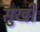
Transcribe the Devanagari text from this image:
सुखी